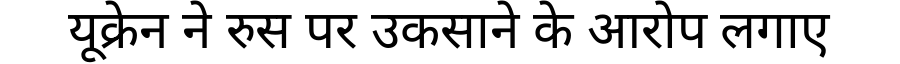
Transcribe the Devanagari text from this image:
यूक्रेन ने रुस पर उकसाने के आरोप लगाए